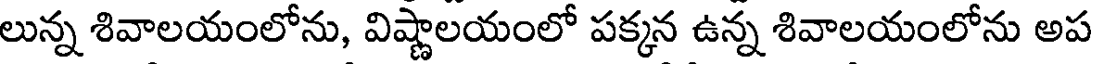
లున్న శివాలయంలోను, విష్ణాలయంలో పక్కన ఉన్న శివాలయంలోను అప